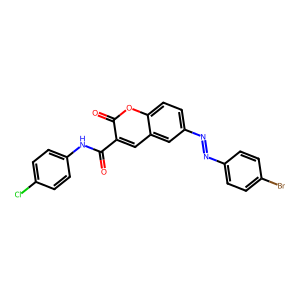
SMILES: O=C(Nc1ccc(Cl)cc1)c1cc2cc(N=Nc3ccc(Br)cc3)ccc2oc1=O
Inhibits HIV replication: No